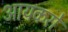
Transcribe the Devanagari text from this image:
आयकरों